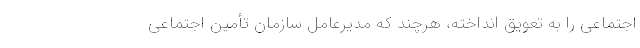
اجتماعی را به تعویق انداخته، هرچند که مدیرعامل سازمان تأمین اجتماعی